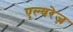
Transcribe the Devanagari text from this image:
एल्वरेज़